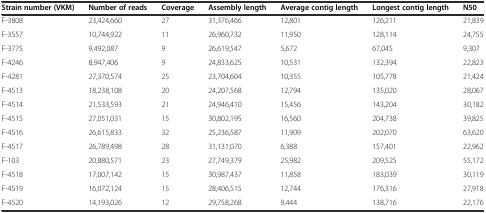
<table><thead><tr><td><b>Strain number (VKM)</b></td><td><b>Number of reads</b></td><td><b>Coverage</b></td><td><b>Assembly length</b></td><td><b>Average contig length</b></td><td><b>Longest contig length</b></td><td><b>N50</b></td></tr></thead><tbody><tr><td>F-3808</td><td>23,424,660</td><td>27</td><td>31,376,466</td><td>12,801</td><td>126,211</td><td>21,839</td></tr><tr><td>F-3557</td><td>10,744,922</td><td>11</td><td>26,960,732</td><td>11,950</td><td>128,114</td><td>24,755</td></tr><tr><td>F-3775</td><td>9,492,087</td><td>9</td><td>26,619,547</td><td>5,672</td><td>67,045</td><td>9,307</td></tr><tr><td>F-4246</td><td>8,947,406</td><td>9</td><td>24,833,625</td><td>10,531</td><td>132,394</td><td>22,823</td></tr><tr><td>F-4281</td><td>27,370,574</td><td>25</td><td>23,704,604</td><td>10,355</td><td>105,778</td><td>21,424</td></tr><tr><td>F-4513</td><td>18,238,108</td><td>20</td><td>24,207,568</td><td>12,794</td><td>135,020</td><td>28,067</td></tr><tr><td>F-4514</td><td>21,533,593</td><td>21</td><td>24,946,410</td><td>15,456</td><td>143,204</td><td>30,182</td></tr><tr><td>F-4515</td><td>27,051,031</td><td>15</td><td>30,802,195</td><td>16,560</td><td>204,738</td><td>39,825</td></tr><tr><td>F-4516</td><td>26,615,833</td><td>32</td><td>25,236,587</td><td>11,909</td><td>202,070</td><td>63,620</td></tr><tr><td>F-4517</td><td>26,789,498</td><td>28</td><td>31,131,070</td><td>6,388</td><td>157,401</td><td>22,962</td></tr><tr><td>F-103</td><td>20,880,571</td><td>23</td><td>27,749,379</td><td>25,982</td><td>209,525</td><td>55,172</td></tr><tr><td>F-4518</td><td>17,007,142</td><td>15</td><td>30,987,437</td><td>11,858</td><td>183,039</td><td>30,119</td></tr><tr><td>F-4519</td><td>16,072,124</td><td>15</td><td>28,406,515</td><td>12,744</td><td>176,316</td><td>27,918</td></tr><tr><td>F-4520</td><td>14,193,026</td><td>12</td><td>29,758,268</td><td>9,444</td><td>138,716</td><td>22,176</td></tr></tbody></table>